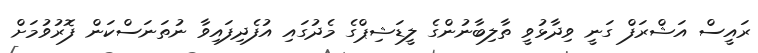
ރައީސް އަޝްރަފް ގަނީ ވިދާޅުވީ ތާލިބާނުންގެ ލީޑަޝިޕްގެ މެދުގައި އުފެދިފައިވާ ނުތަނަސްކަން ފޮރުވުމަށް